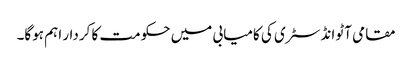
مقامی آٹو انڈسٹری کی کامیابی میں حکومت کا کردار اہم ہوگا۔